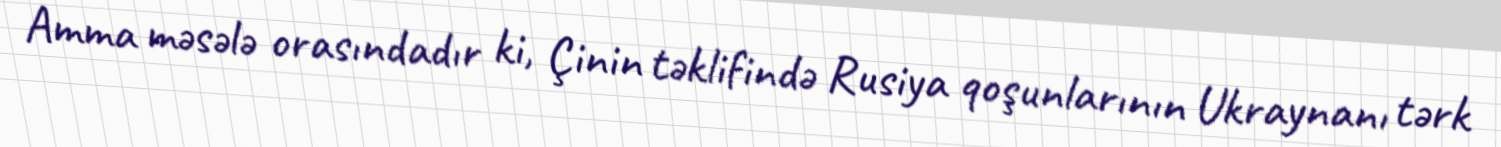
Amma məsələ orasındadır ki, Çinin təklifində Rusiya qoşunlarının Ukraynanı tərk